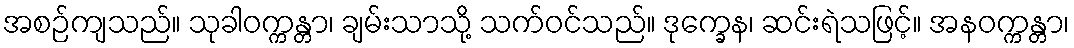
အစဉ်ကျသည်။ သုခါဝက္ကန္တာ၊ ချမ်းသာသို့ သက်ဝင်သည်။ ဒုက္ခေန၊ ဆင်းရဲသဖြင့်။ အနဝက္ကန္တာ၊